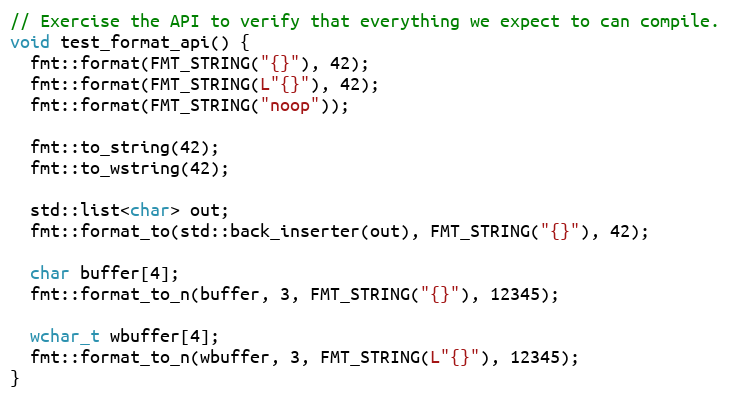
Language: C++
// Exercise the API to verify that everything we expect to can compile.
void test_format_api() {
  fmt::format(FMT_STRING("{}"), 42);
  fmt::format(FMT_STRING(L"{}"), 42);
  fmt::format(FMT_STRING("noop"));

  fmt::to_string(42);
  fmt::to_wstring(42);

  std::list<char> out;
  fmt::format_to(std::back_inserter(out), FMT_STRING("{}"), 42);

  char buffer[4];
  fmt::format_to_n(buffer, 3, FMT_STRING("{}"), 12345);

  wchar_t wbuffer[4];
  fmt::format_to_n(wbuffer, 3, FMT_STRING(L"{}"), 12345);
}